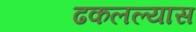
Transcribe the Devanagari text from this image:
ढकलल्यास